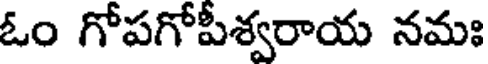
ఓం గోపగోపీశ్వరాయ నమః